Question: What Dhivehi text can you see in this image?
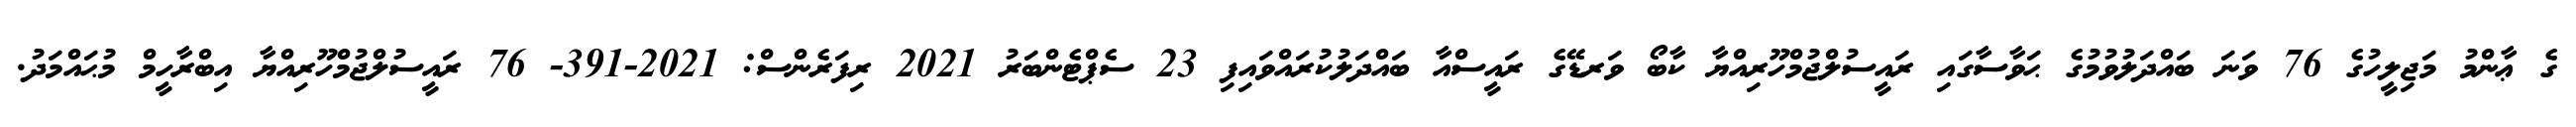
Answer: ގެ ޢާންމު މަޖިލީހުގެ 76 ވަނަ ބައްދަލުވުމުގެ ޙަވާސާގައި ރައީސުލްޖުމްހޫރިއްޔާ ކާބޯ ވަރޑޭގެ ރައީސްއާ ބައްދަލުކުރައްވައިފި 23 ސެޕްޓެންބަރު 2021 ރިފަރެންސް: 2021-391- 76 ރައީސުލްޖުމްހޫރިއްޔާ އިބްރާހީމް މުޙައްމަދު.